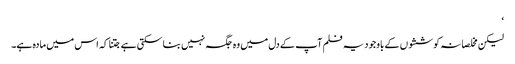
‘
لیکن مخلصانہ کوششوں کے باوجود یہ فلم آپ کے دل میں وہ جگہ نہیں بنا سکتی ہے جتنا کہ اس میں مادہ ہے۔